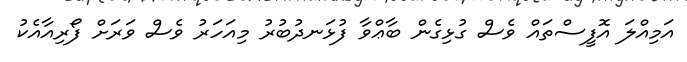
އަމިއްލަ އޮފީސްތައް ވެސް ގުޅިގެން ބާޢްވާ ފުޅަނދުބުރު މިއަހަރު ވެސް ވަރަށް ފޯރިއާއެކު